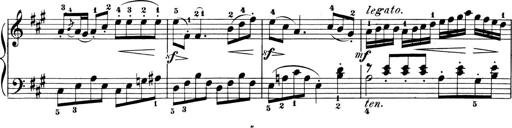
Title: 6 Piano Sonatinas
Composer: Cornelius Gurlitt